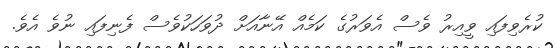
ކުރެވިފައި ވީއިރު ވެސް އެވަރުގެ ކަމެއް އޭނާއަށް ދުވަހަކުވެސް ފެނިފައި ނުވެ އެވެ.